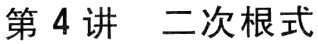
第4讲 二次根式